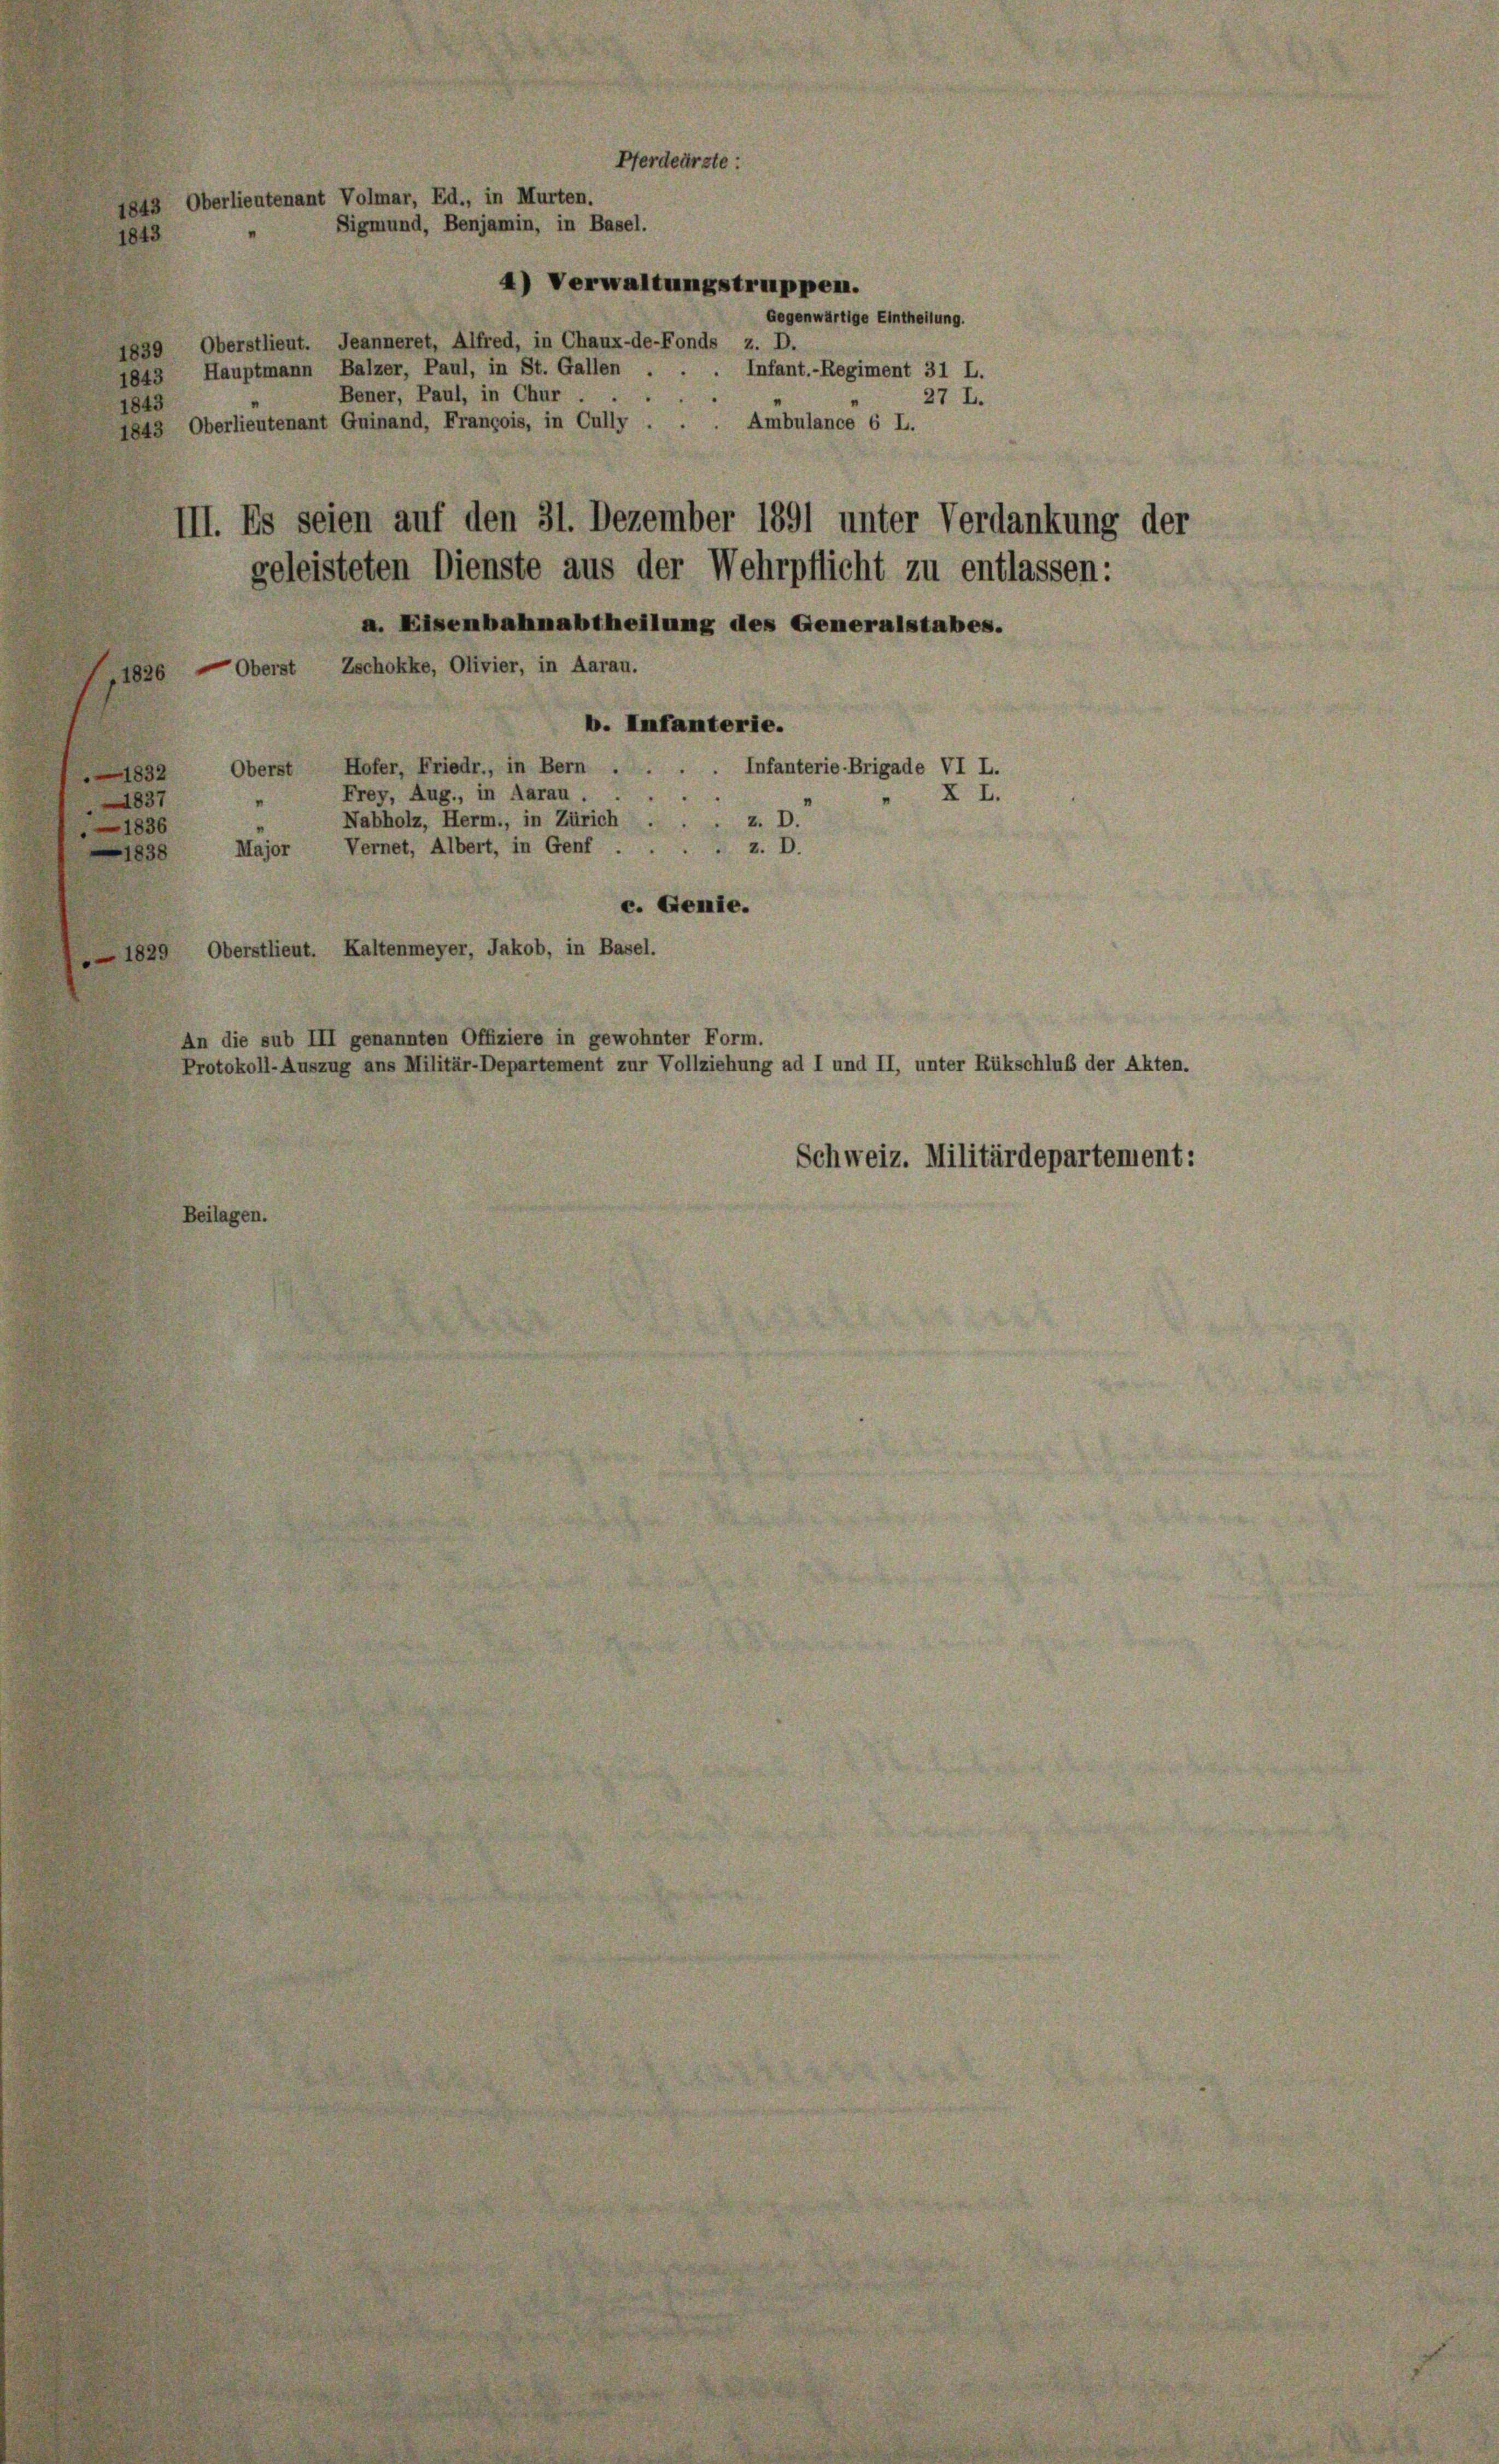
Sigmund, Benjamin, in Basel.
1843
4) Verwaltungstruppen.
Gegenwärtige Eintheilung.
1839, Oberstlieut. Jeanneret, Alfred, in Chaux-de-Fonds z. D.
Infant.-Regiment 31 L.
1843 Hauptmann Balzer, Paul, in St. Gallen
Bener, Paul, in Chur .
27 L.
1843
Ambulance 6 L.
1843 Oberlieutenant Quinand, François, in Cully
III. Es seien auf den 31. Dezember 1891 unter Verdankung der
geleisteten Dienste aus der Wehrpflicht zu entlassen:
a. Eisenbahnabtheilung des Generalstabes.
1830 — Oberst Zschokke, Olivier, in Aarau.
b. Infanterie.
Oberst Hofer, Friedr., in Bern . . . . Infanterie-Brigade VI L.
—1832
Frey, Aug., in Aarau
X I.
1837
Nabholz, Herm., in Zürich . . . z. D.
—1836
Major Vernet, Albert, in Genf z. D.
1838
c. Genie.
1829 Oberstlieut. Kaltenmeyer, Jakob, in Basel.
An die sub III genannten Offiziere in gewohnter Form.
Protokoll-Auszug ans Militär-Departement zur Vollziehung ad I und II, unter Rükschluß der Akten.
Schweiz. Militärdepartement:
Beilagen.

1843 Oberlieutenant Volmar, Ed., in Murten.

Pferdeürste :